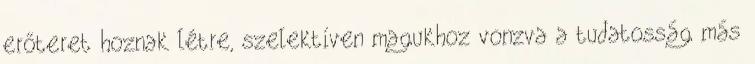
erőteret hoznak létre, szelektíven magukhoz vonzva a tudatosság más